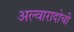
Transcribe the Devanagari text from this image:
अल्वारादोची